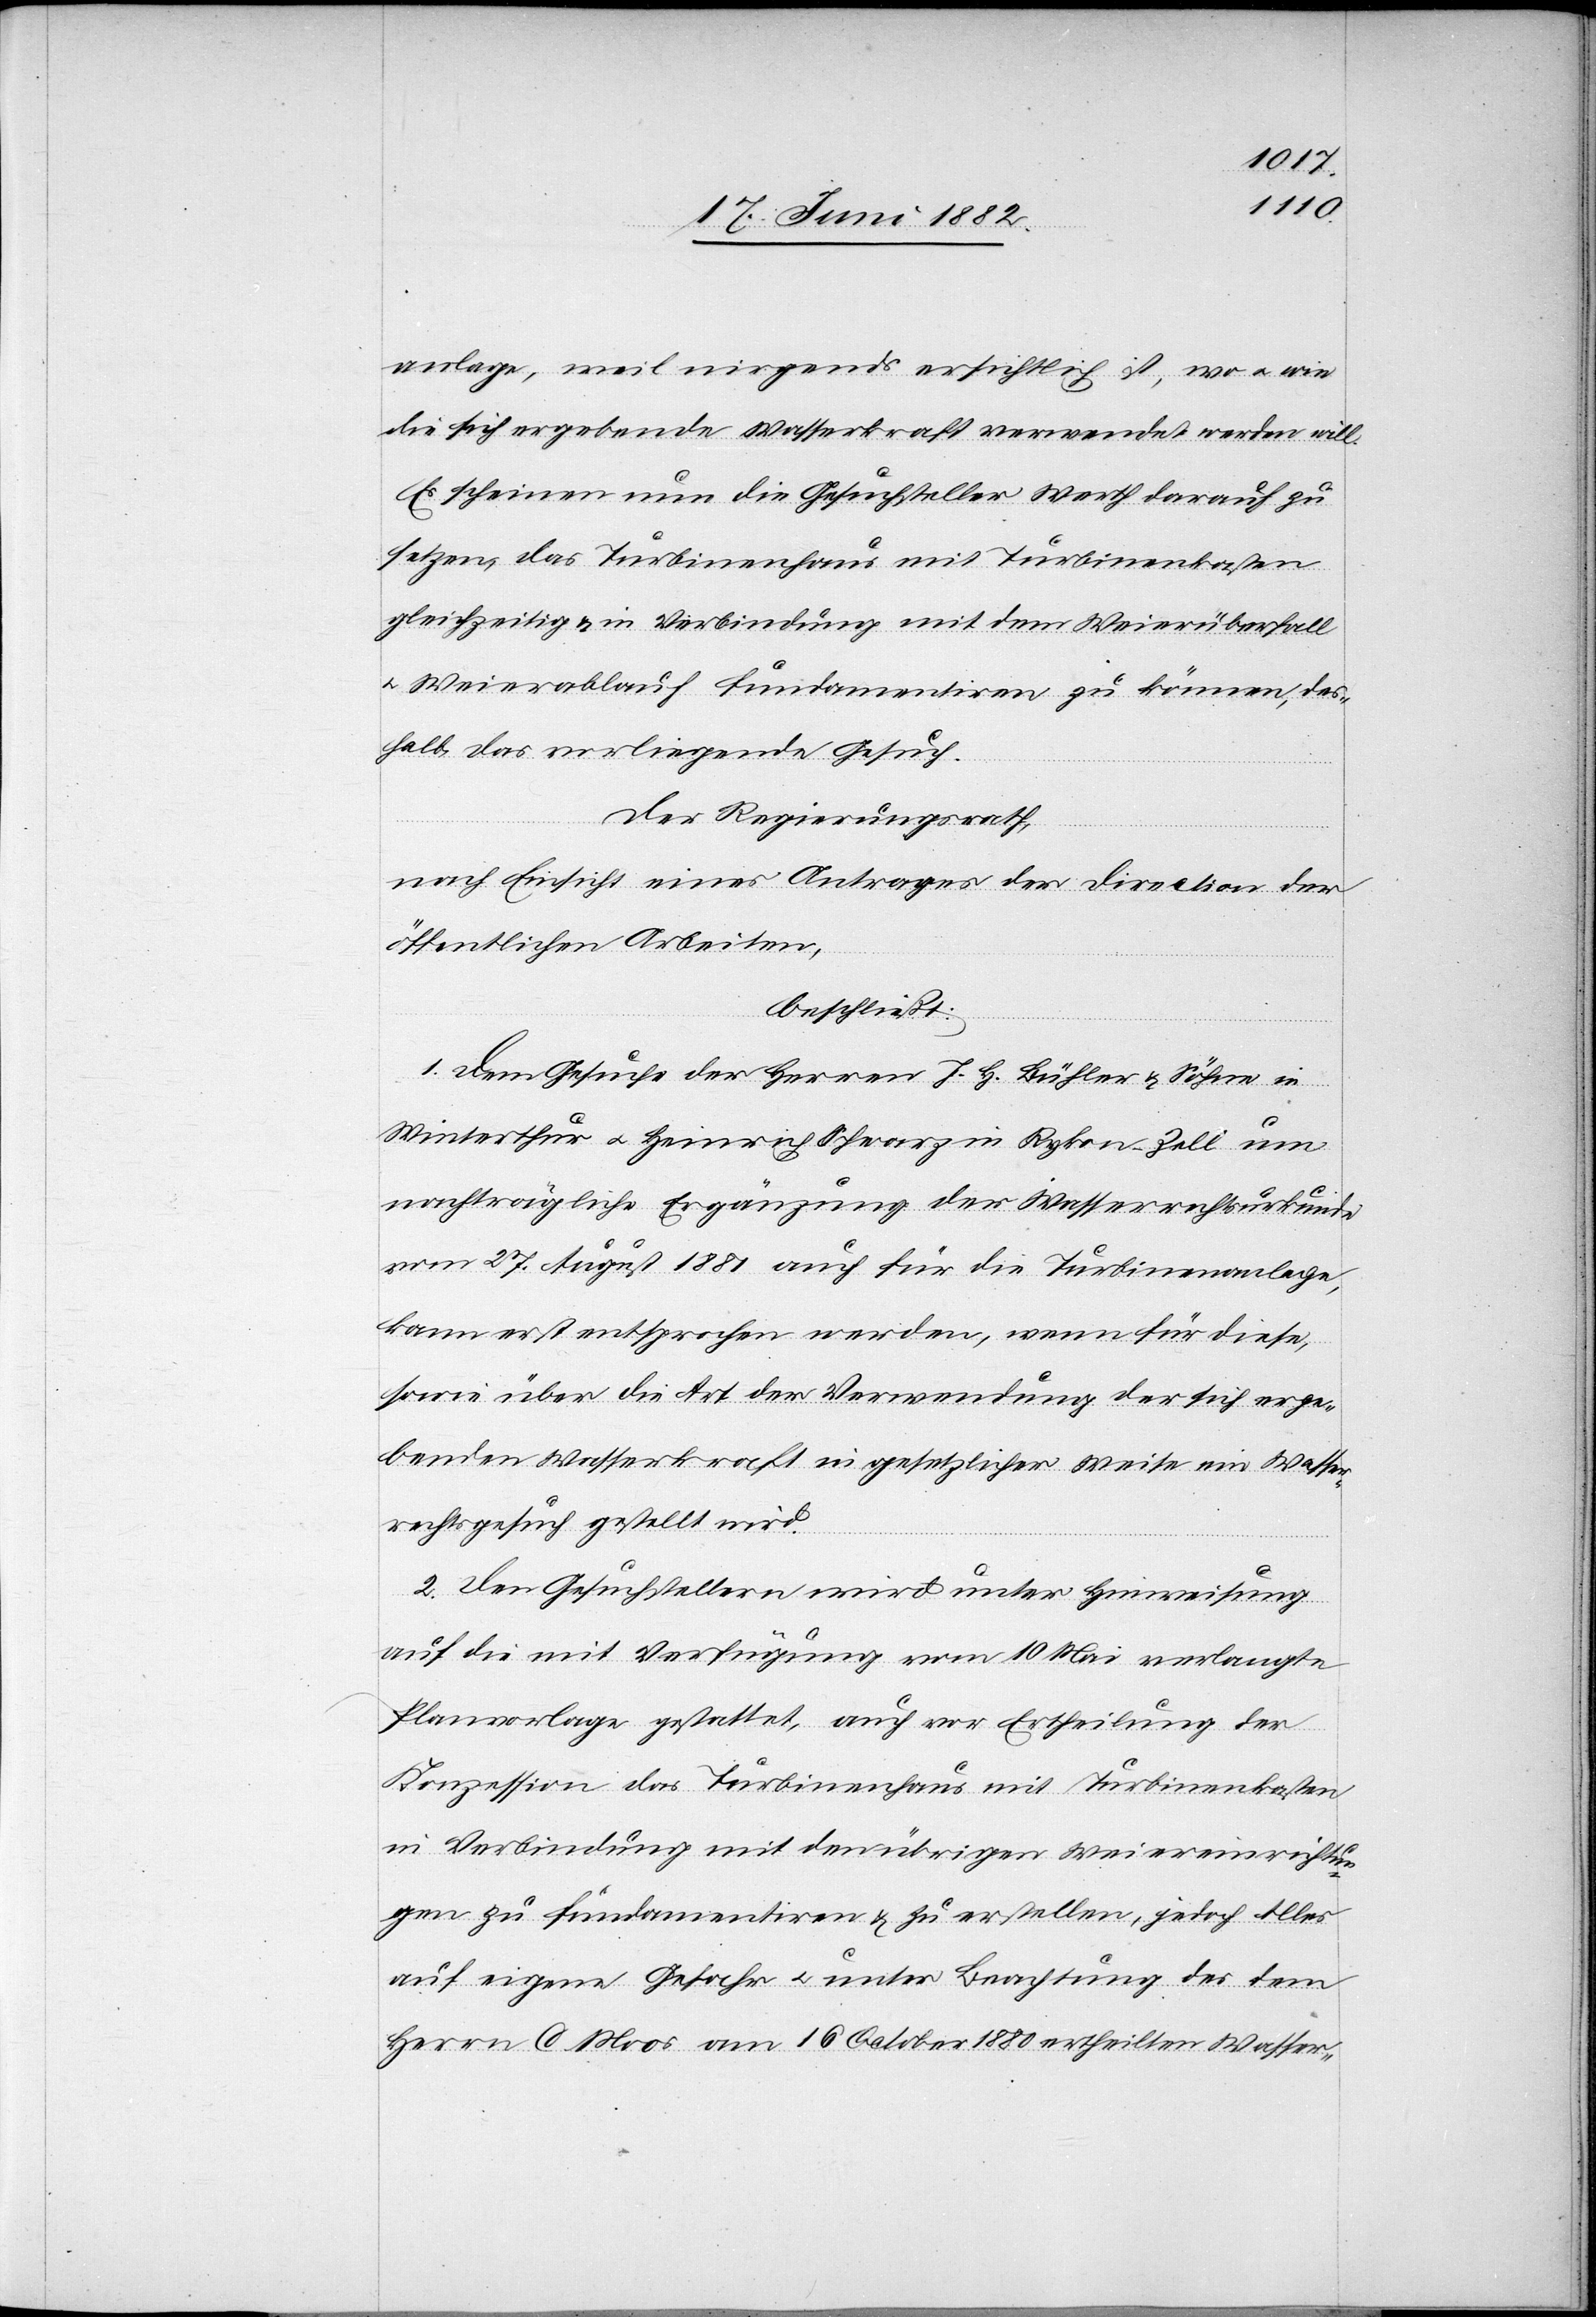
anlage, weil nirgends ersichtlich ist, wo u. wie
die sich ergebende Wasserkraft verwendet werden will.
Es scheinen nun die Gesuchsteller Werth darauf zu
setzen, das Turbinenhaus mit Turbinenkasten
gleichzeitig & in Verbindung mit dem Weierüberfall
u. Weierablauf fundamentiren zu können, des¬
halb das vorliegende Gesuch.
Der Regierungsrath,
nach Einsicht eines Antrages der Direction der
öffentlichen Arbeiten,
beschließt:
1. Dem Gesuche der Herren J. H. Bühler u. Söhne in
Winterthur u. Heinrich Schwarz in Rykon - Zell um
nachträgliche Ergänzung der Wasserrechtsurkunde
vom 27. August 1881 auch für die Turbinenanlage,
kann erst entsprochen werden, wenn für diese,
sowie über die Art der Verwendung der sich erge¬
benden Wasserkraft in gesetzlicher Weise ein Wasser¬
rechtsgesuch zugestellt ist.
2. Den Gesuchstellern wird unter Hinweisung
auf die mit Verfügung vom 10. Mai verlangte
Planvorlage gestattet, auch vor Ertheilung der
Konzession das Turbinenhaus mit Turbinenkasten
in Verbindung mit den übrigen Weiereinrichtun¬
gen zu fundamentiren & zu erstellen, jedoch Alles
auf eigene Gefahr u. unter Beachtung des dem
Herrn C. Moos am 16. October 1880 ertheilten Wasser-